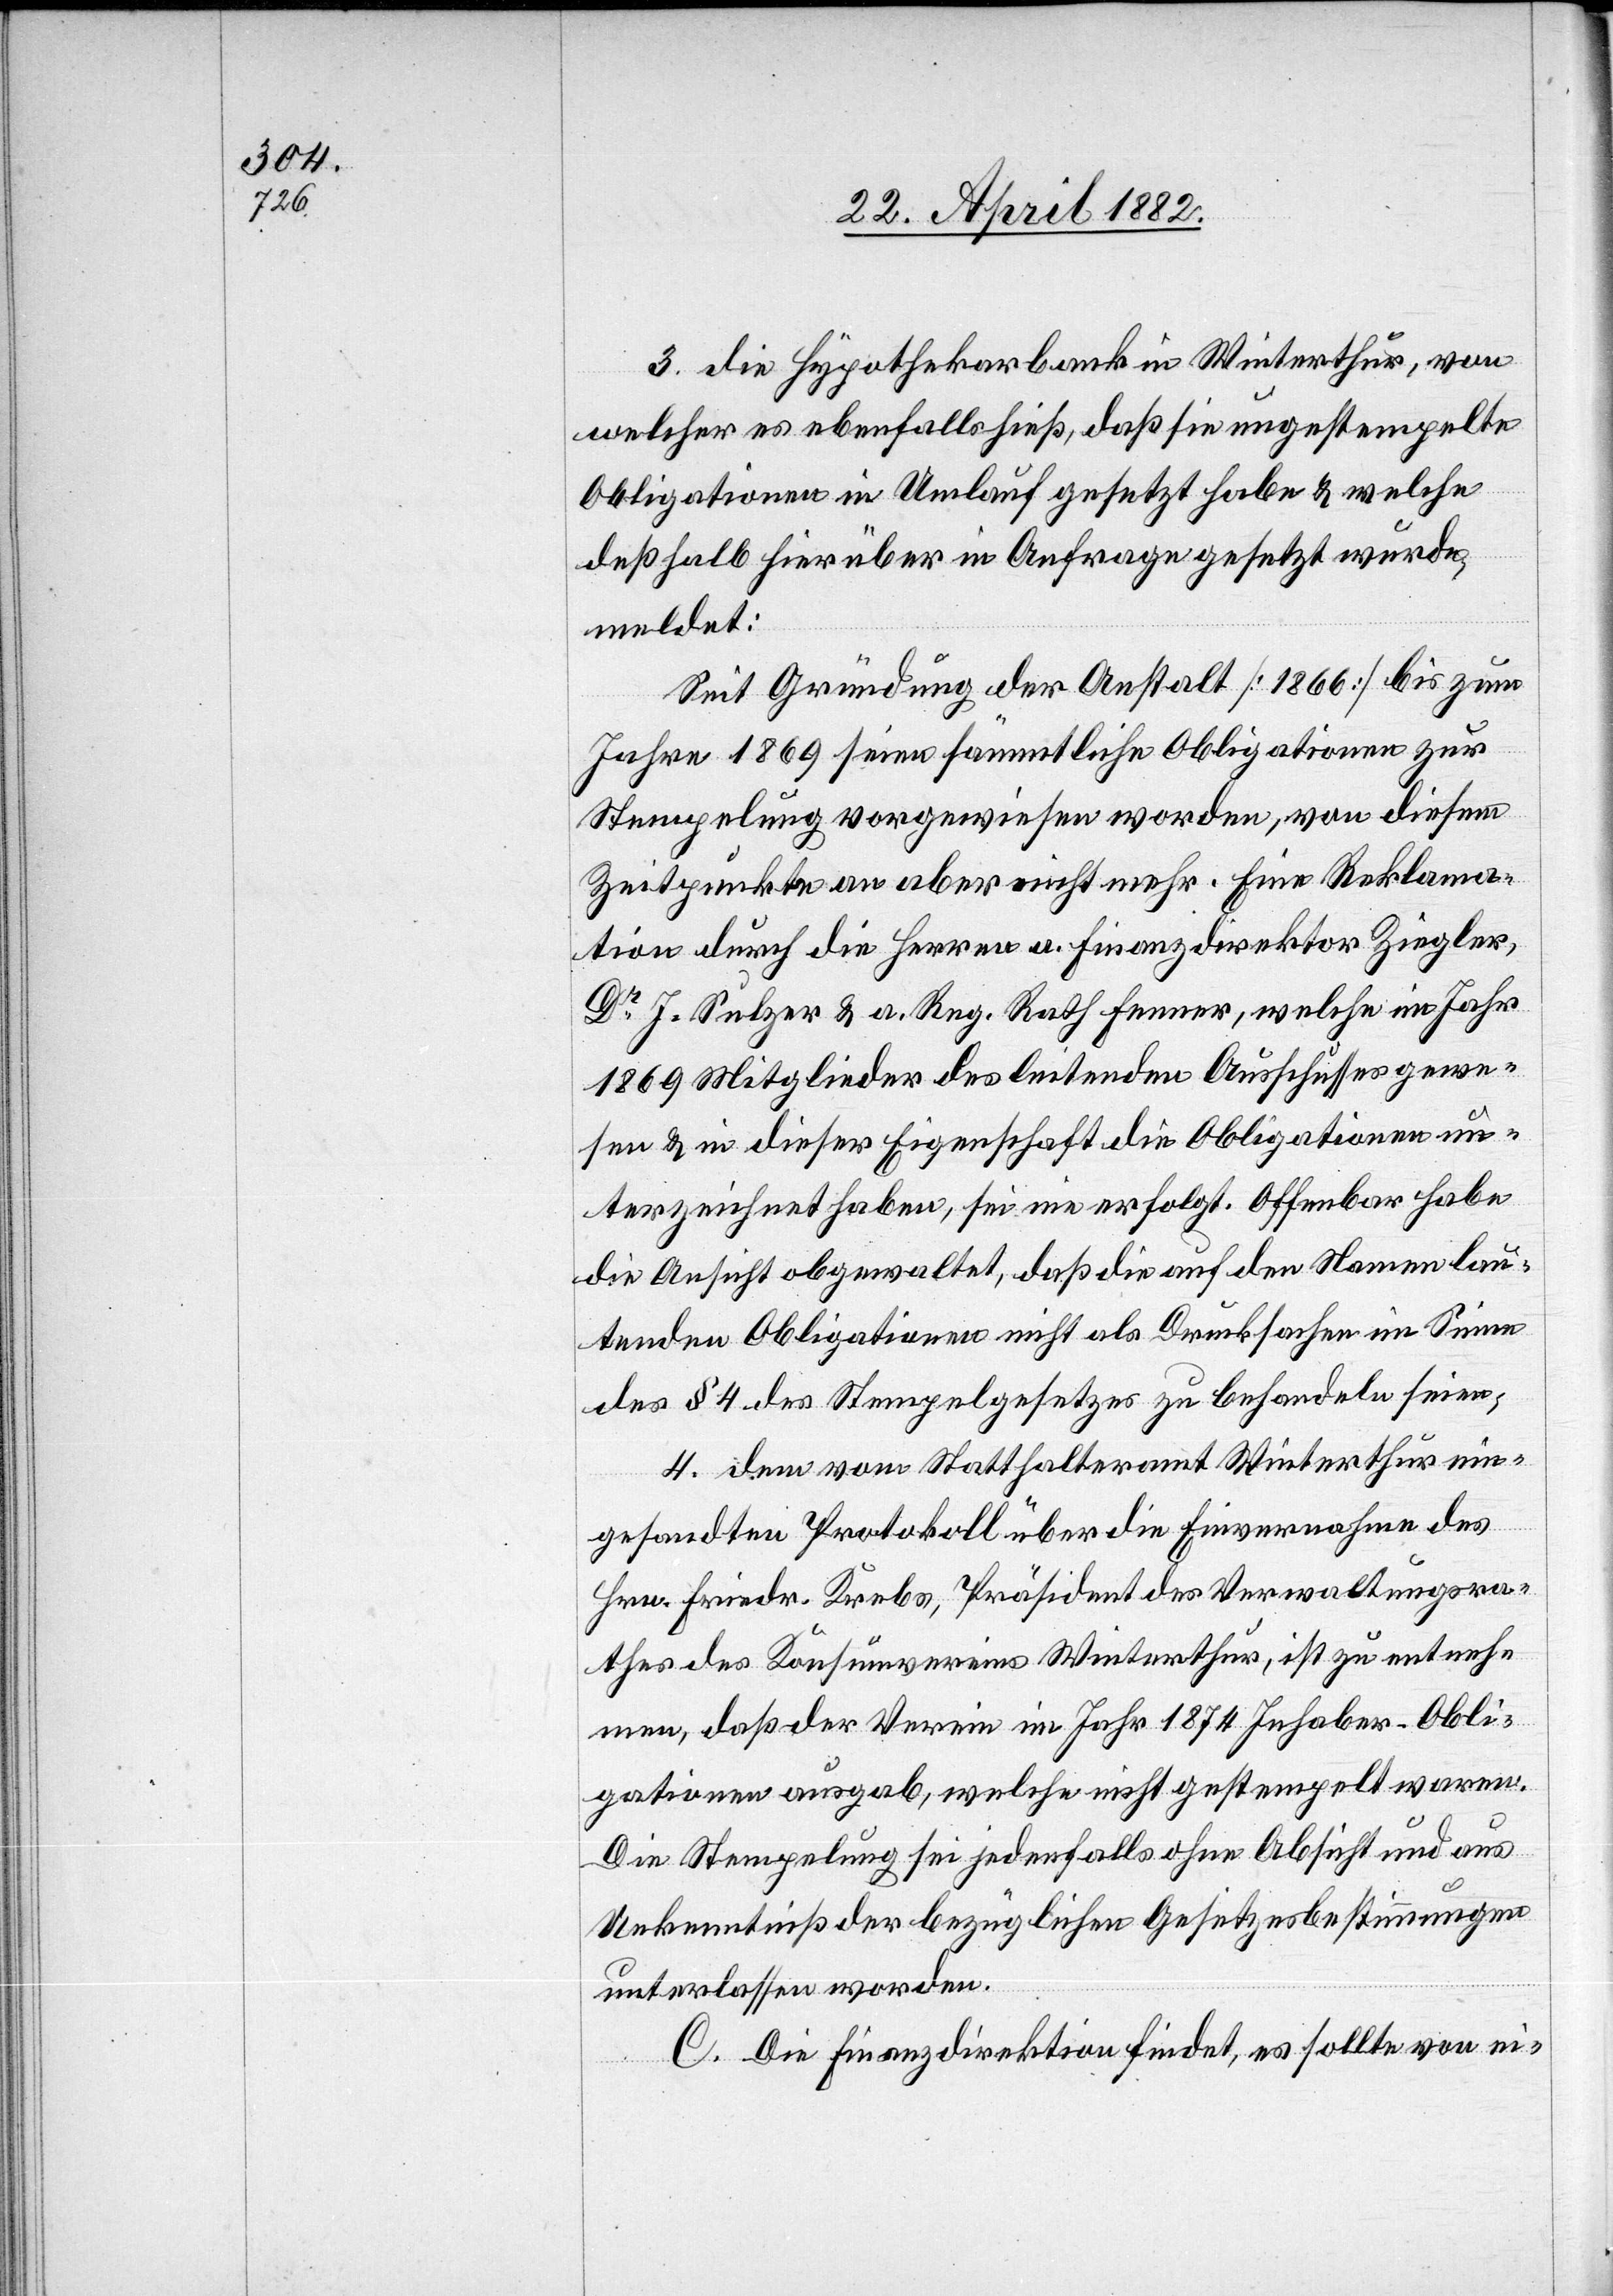
3. die Hypothekarbank in Winterthur, von
welcher es ebenfalls hieß, daß sie ungestempelte
Obligationen in Umlauf gesetzt habe & welche
deßhalb hierüber in Anfrage gesetzt wurde,
meldet:
Seit Gründung der Anstalt [1866] bis zum
Jahre 1869 seien sämmtliche Obligationen zur
Stempelung vorgewiesen worden, von diesem
Zeitpunkte an aber nicht mehr. Eine Reklama¬
tion durch die Herren a. Finanzdirektor Ziegler,
Dr J. Sulzer & a. Reg. Rath Fenner, welche im Jahr
1869 Mitglieder des leitenden Ausschusses gewe¬
sen & in dieser Eigenschaft die Obligationen un¬
terzeichnet haben, sei nie erfolgt. Offenbar habe
die Ansicht obgewaltet, daß die auf den Namen lau¬
tenden Obligationen nicht als Drucksachen im Sinne
des § 4 des Stempelgesetzes zu behandeln seien;
4. dem vom Statthalteramt Winterthur ein¬
gesandten Protokoll über die Einvernahmen des
Hrn. Friedr. Krebs, Präsident des Verwaltungsra¬
thes des Konsumvereins Winterthur, ist zu entneh¬
men, daß der Verein im Jahr 1874 Inhaber-Obli¬
gationen ausgab, welche nicht gestempelt waren.
Die Stempelung sei jedenfalls ohne Absicht und aus
Unkenntniß der bezüglichen Gesetzesbestimmungen
unterlassen worden.
C. Die Finanzdirektion findet, es sollte von ei-